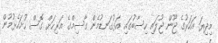
މިދިޔަ އަހަރުގެ ޖޫން ޖުލައި ހިސާބުގައި އަޅުގަނޑުމެން ގާސިމްގެ އަރިހަށް ގޮސް ހުށަހެޅުމުން